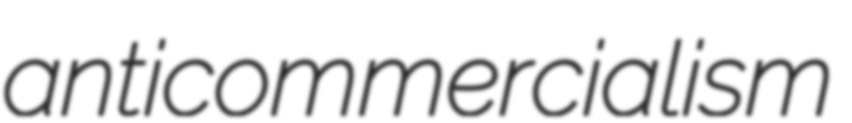
anticommercialism